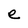
Character: e